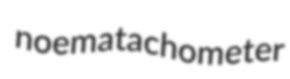
noematachometer